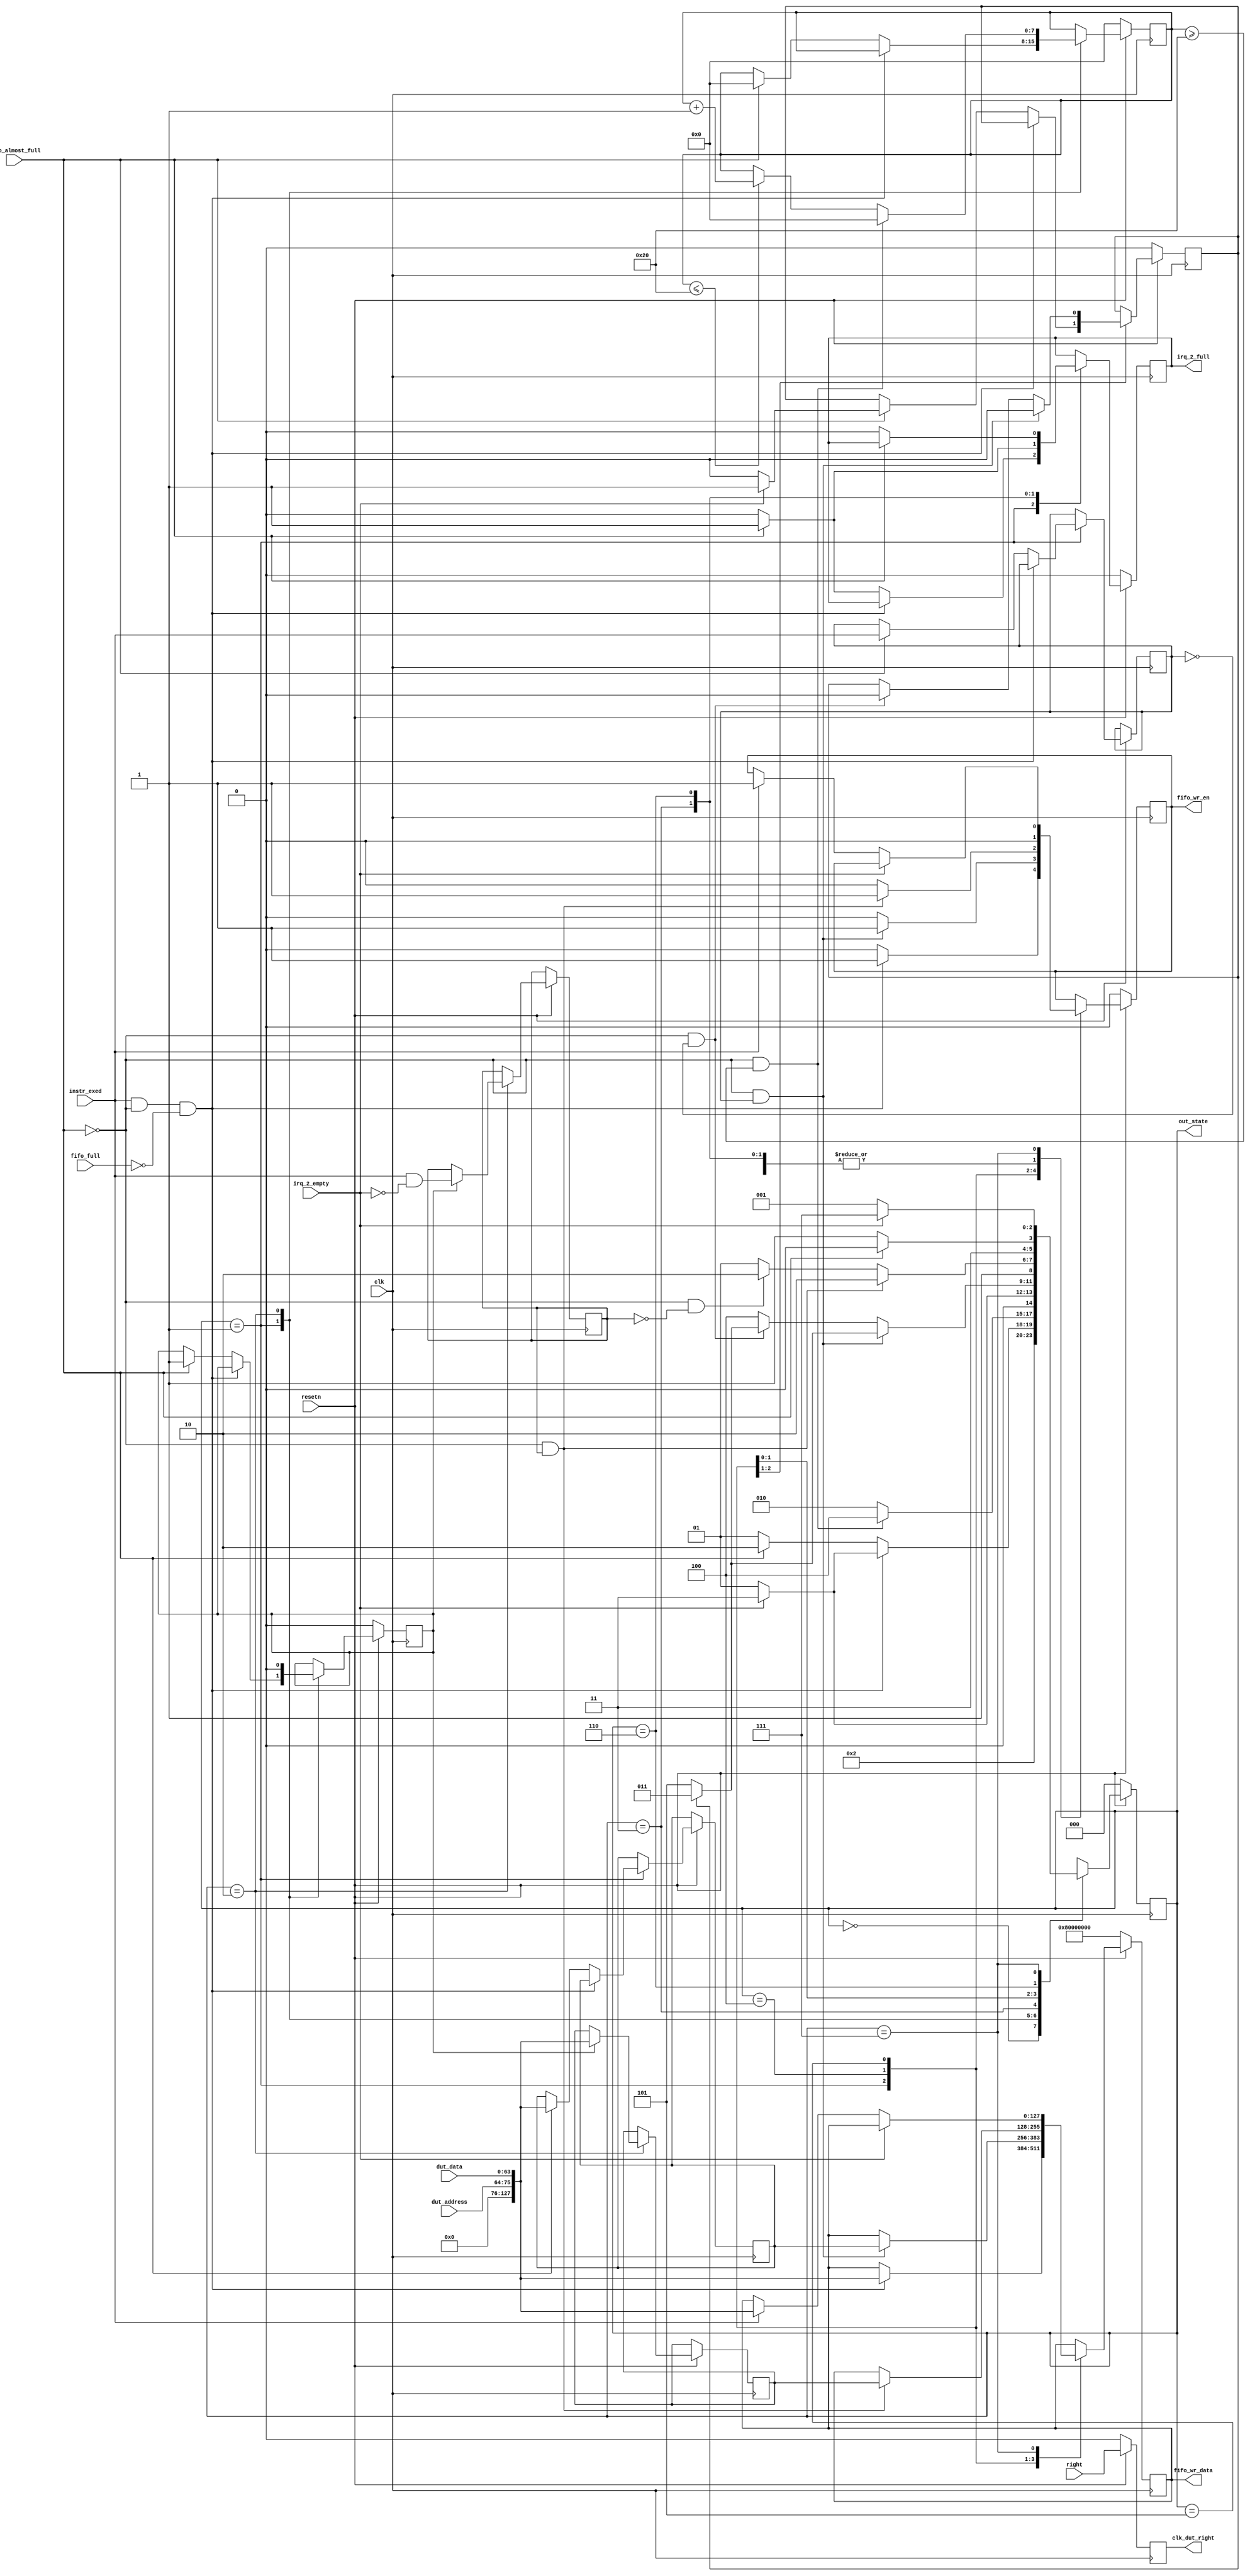
module dut_data_generator(
  (* X_INTERFACE_INFO = "xilinx.com:interface:fifo_write:1.0 FIFO_WRITE ALMOST_FULL" *) input   [0:0]     fifo_almost_full,
  (* X_INTERFACE_INFO = "xilinx.com:interface:fifo_write:1.0 FIFO_WRITE FULL" *)        input   [0:0]     fifo_full,
  (* X_INTERFACE_INFO = "xilinx.com:interface:fifo_write:1.0 FIFO_WRITE WR_DATA" *)     output  [127:0]   fifo_wr_data,
  (* X_INTERFACE_INFO = "xilinx.com:interface:fifo_write:1.0 FIFO_WRITE WR_EN" *)       output  [0:0]     fifo_wr_en,
  input     [0:0]       clk,
  input     [0:0]       resetn,
  input     [11:0]      dut_address,             //dut_address
  input     [63:0]      dut_data,            //dut_data
  input     [0:0]       instr_exed,
  input     [0:0]       irq_2_empty,
  input     [0:0]       right,
  output    [0:0]       irq_2_full,
  output    [0:0]       clk_dut_right,
  output    [2:0]       out_state
);
  reg   [127:0]     reg_fifo_wr_data;
  reg   [0:0]       reg_fifo_wr_en;
  reg   [2:0]       state = 0;
  reg   [0:0]       reg_irq_2_full;
  reg   [7:0]       irq_counter;
  reg   [127:0]     temp_full_fifo_data1;
  reg   [0:0]       temp_full_fifo_instr_exed1;
  reg   [127:0]     temp_full_fifo_data2;
  reg   [0:0]       temp_full_fifo_instr_exed2;
  reg   [0:0]       mark_instr2;
  reg   [0:0]       temp_irq_2_empty;
  reg   [0:0]       reg_clk_dut_right;
  
  //reg   [127:0]     test_PC;
  
  assign fifo_wr_data = reg_fifo_wr_data;
  assign fifo_wr_en = reg_fifo_wr_en;
  assign irq_2_full = reg_irq_2_full;
  assign out_state = state;
  assign clk_dut_right = reg_clk_dut_right;
  
  parameter DUT_READY   = 3'd0;
  parameter DUT_WRITE   = 3'd1;
  parameter DUT_FULL_1  = 3'd2;
  parameter DUT_IRQ     = 3'd3;
  parameter DUT_FULL_2  = 3'd4;
  parameter DUT_FULL_3  = 3'd5;
  parameter DUT_FULL_4  = 3'd6;
  parameter DUT_FULL_5  = 3'd7;


  always@(posedge clk)begin
    if(!resetn) begin
        reg_clk_dut_right <= 0;
    end
    else begin
        reg_clk_dut_right <= right;
    end
  end
  
  
  always@(posedge clk)begin
    if(!resetn)begin
        reg_fifo_wr_data <= 128'h0000_0000_0000_0000_0000_0000_8000_0000;
        reg_fifo_wr_en <= 0;
        reg_irq_2_full <= 0;
        mark_instr2 <= 0;
        temp_irq_2_empty <= 0;
        irq_counter <= 0;
        state <= DUT_READY;
    end
    else begin
        case(state)
        //Status 0, preparation phase
        DUT_READY:begin 
            reg_fifo_wr_en <= 0;
            state <= DUT_WRITE;
        end
        //State 1, write data to the FIFO on the DUT side
        DUT_WRITE:begin
            reg_fifo_wr_en <= 0;
            //The instr_exed signal indicates whether the PC value is valid. When the FIFO is not full and the PC value is valid, it is written into the FIFO
            if(instr_exed && !fifo_almost_full && !fifo_full)begin
                reg_fifo_wr_en <= 1;
                reg_fifo_wr_data <= {52'd0,dut_address,dut_data};
                //If the current DUT is interrupted (sent by the difftest module), the PC will be written only once
                if(irq_2_empty)begin
                    state <= DUT_IRQ;
                end
                else begin
                    state <= DUT_WRITE;
                end               
            end
            //If the FIFO is full at this time, it cannot be written. Need to temporarily save the PC and register values in the current state
            else if(fifo_almost_full) begin
                //fix full_fifo
                temp_full_fifo_data1 <= {52'd0,dut_address,dut_data};
                temp_full_fifo_instr_exed1 <= instr_exed;
                if(irq_2_empty)begin
                    temp_irq_2_empty <= 1;
                end
                else begin
                    temp_irq_2_empty <= 0;
                end
                mark_instr2 <= 1;
                reg_irq_2_full <= 1;
                irq_counter <= 0;
                state <= DUT_FULL_1;
            end
            else begin
                reg_irq_2_full <= 0; //!!! if not add may stall system
                state <= DUT_WRITE;
            end
         end
         //Status 2. At this time, the FIFO is full, and you need to wait until the FIFO is not full
         DUT_FULL_1:begin
            //fix full fifo
            //Because the interrupt needs to be synchronized across the clock domain, the interrupt signal has a clock cycle delay, and the PC and register values at this time need to be temporarily stored
            if(mark_instr2 == 1)begin
                temp_full_fifo_data2 <= {52'd0,dut_address,dut_data};
                temp_full_fifo_instr_exed2 <= instr_exed & ~irq_2_empty;//~irq_2_empty:judge irq from full_fifo or difftest
                mark_instr2 <= 0;
            end
            //To avoid frequent FIFO full, set the interrupt to occur for at least 32 clock cycles
            if(!fifo_almost_full && irq_counter >= 32)begin
                irq_counter <= 0;
                state <= DUT_FULL_2;
            end
            else begin
                state <= DUT_FULL_1;
                if(irq_counter <= 32)begin
                    irq_counter <= irq_counter + 1;
                end
                else ;
            end
         end
         //The interrupt source of the DUT at this time is not the FIFO is full, but the difftest module sends the interrupt, so you need to wait for the interrupt cancellation of the difftest module
         DUT_IRQ:begin        //wait for end of irq
            reg_fifo_wr_en <= 0;
            //**At this time, the interrupt source is the difftest module, but it may occur at the same time as the FIFO full interrupt. Therefore, the FIFO full interrupt is generated according to the FIFO status
            if(fifo_almost_full)begin
                reg_irq_2_full <= 1;
            end
            else begin
                reg_irq_2_full <= 0;
            end

            if(irq_2_empty)begin
                state <= DUT_IRQ;
            end
            else begin
                state <= DUT_WRITE;
            end
         end
         //Status 4: FIFO full interrupt is canceled, and the temporary CPU status in status 1 needs to be written
         DUT_FULL_2:begin
            reg_fifo_wr_en <= 0;  
            if(!fifo_almost_full && temp_full_fifo_instr_exed1) begin
                reg_fifo_wr_en <= 1;
                reg_fifo_wr_data <= temp_full_fifo_data1;
                //If the interrupt sent by difftest occurs during temporary storage, you need to enter state 3 to wait
                if(temp_irq_2_empty)begin
                    temp_irq_2_empty <= 0;
                    state <= DUT_IRQ;
                end
                else begin
                    state <= DUT_FULL_3;
                end
            end
            else if(!fifo_almost_full && !temp_full_fifo_instr_exed1)begin
                reg_fifo_wr_en <= 0;
                if(temp_irq_2_empty)begin
                    temp_irq_2_empty <= 0;
                    state <= DUT_IRQ;
                end
                else begin 
                    state <= DUT_FULL_3;
                end
            end
            else begin
                reg_fifo_wr_en <= 0; 
                state <= DUT_FULL_2;
            end
            
         end
         //State 5, write the temporary CPU information in state 2
         DUT_FULL_3:begin
            reg_fifo_wr_en <= 0;
             if(!fifo_almost_full && temp_full_fifo_instr_exed2) begin
                reg_fifo_wr_en <= 1;
                reg_fifo_wr_data <= temp_full_fifo_data2;
                state <= DUT_FULL_4;
             end
             else if(!fifo_almost_full && !temp_full_fifo_instr_exed2)begin
                reg_fifo_wr_en <= 0; 
                state <= DUT_FULL_4;
             end
             else begin
                reg_fifo_wr_en <= 0; 
                state <= DUT_FULL_3;
             end
         end
         //Check whether the FIFO is full after writing temporary storage 2
         DUT_FULL_4:begin
            reg_fifo_wr_en <= 0;
            if(!fifo_almost_full)begin
                reg_irq_2_full <= 0;
                state <= DUT_FULL_5;
            end
            else begin
                state <= DUT_FULL_4;
            end
         end
         //Status 7, FIFO full interrupt processing completed
         DUT_FULL_5:begin
            if(irq_2_empty)begin
                state <= DUT_FULL_5;
            end
            else begin
                if(instr_exed)begin
                    reg_fifo_wr_en <= 1;
                    reg_fifo_wr_data <= {52'd0,dut_address,dut_data};
                    state <= DUT_WRITE;
                end
                else begin
                    state <= DUT_WRITE;
                end
            end
         end
        endcase
    end
    
  end
  
  
endmodule